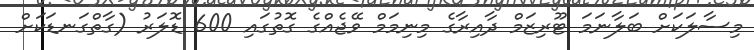
މިސާލަކަށް ބަލާނަމަ ޓޫރިޒަމް ދާއިރާގެ މިނިމަމް ވޭޖެއްގެ ގޮތުގައި 600 ޑޮލަރު (ގާތްގަނޑަކަށް